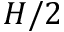
H / 2